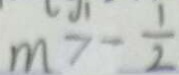
m > - \frac { 1 } { 2 }